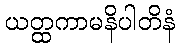
ယတ္ထကာမနိပါတိနံ